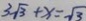
3 \sqrt { 3 } + x = \sqrt { 3 }